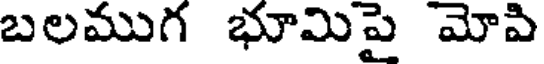
బలముగ భూమిపై మోపి